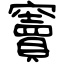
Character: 竇